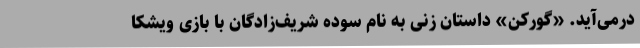
درمی‌آید. «گورکن» داستان زنی به نام سوده شریف‌زادگان با بازی ویشکا